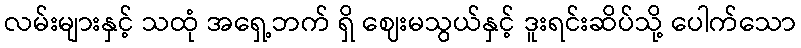
လမ်းများနှင့် သထုံ အရှေ့ဘက် ရှိ ဈေးမသွယ်နှင့် ဒူးရင်းဆိပ်သို့ ပေါက်သော